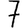
Digit: 7